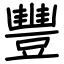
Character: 豐